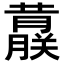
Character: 𬟀